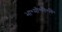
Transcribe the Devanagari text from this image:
भा॰मौ॰वि॰वि॰